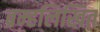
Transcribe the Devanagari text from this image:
ब्रम्हलिखित